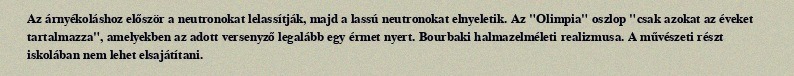
Az árnyékoláshoz először a neutronokat lelassítják, majd a lassú neutronokat elnyeletik. Az "Olimpia" oszlop "csak azokat az éveket tartalmazza", amelyekben az adott versenyző legalább egy érmet nyert. Bourbaki halmazelméleti realizmusa. A művészeti részt iskolában nem lehet elsajátítani.